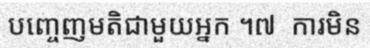
បញ្ចេញមតិជាមួយអ្នក ។៧  ការមិន